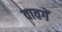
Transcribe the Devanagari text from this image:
वावगें